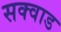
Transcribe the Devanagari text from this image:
सक्वाड